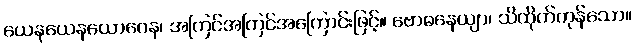
ယေနယေနယောဂေန၊ အကြင်အကြင်အကြောင်းဖြင့်။ ဗောဓနေယျာ၊ သိထိုက်ကုန်သော။